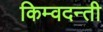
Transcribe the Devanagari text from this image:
किम्वदन्ती